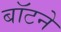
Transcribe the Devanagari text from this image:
बॉटने